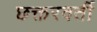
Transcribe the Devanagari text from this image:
छक्तरवर्ती